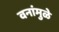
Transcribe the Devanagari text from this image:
वनांमुळे